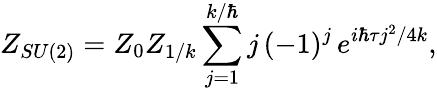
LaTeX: Z_{SU(2)}=Z_{0}Z_{1/k}\sum_{j=1}^{k/\hbar}j\, (-1)^{j}\, e^{i\hbar\tau j^{2}/4k},